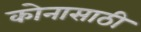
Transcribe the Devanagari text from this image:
कोनासाठी